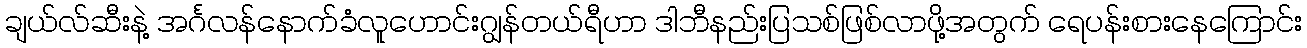
ချယ်လ်ဆီးနဲ့ အင်္ဂလန်နောက်ခံလူဟောင်းဂျွန်တယ်ရီဟာ ဒါဘီနည်းပြသစ်ဖြစ်လာဖို့အတွက် ရေပန်းစားနေကြောင်း